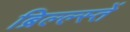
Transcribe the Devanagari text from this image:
ब्रिल्ल्स्तें